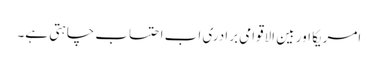
امریکا اور بین الاقوامی برادری اب احتساب چاہتی ہے۔